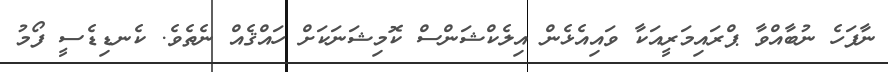
ނާފަހެ ނުބާއްވާ ޕްރައިމަރީއަކާ ވައިއެޅެން އިލެކްޝަންސް ކޮމިޝަނަކަށް ހައްޤެއް ނެތެވެ. ކެނޑިޑެސީ ފޯމު